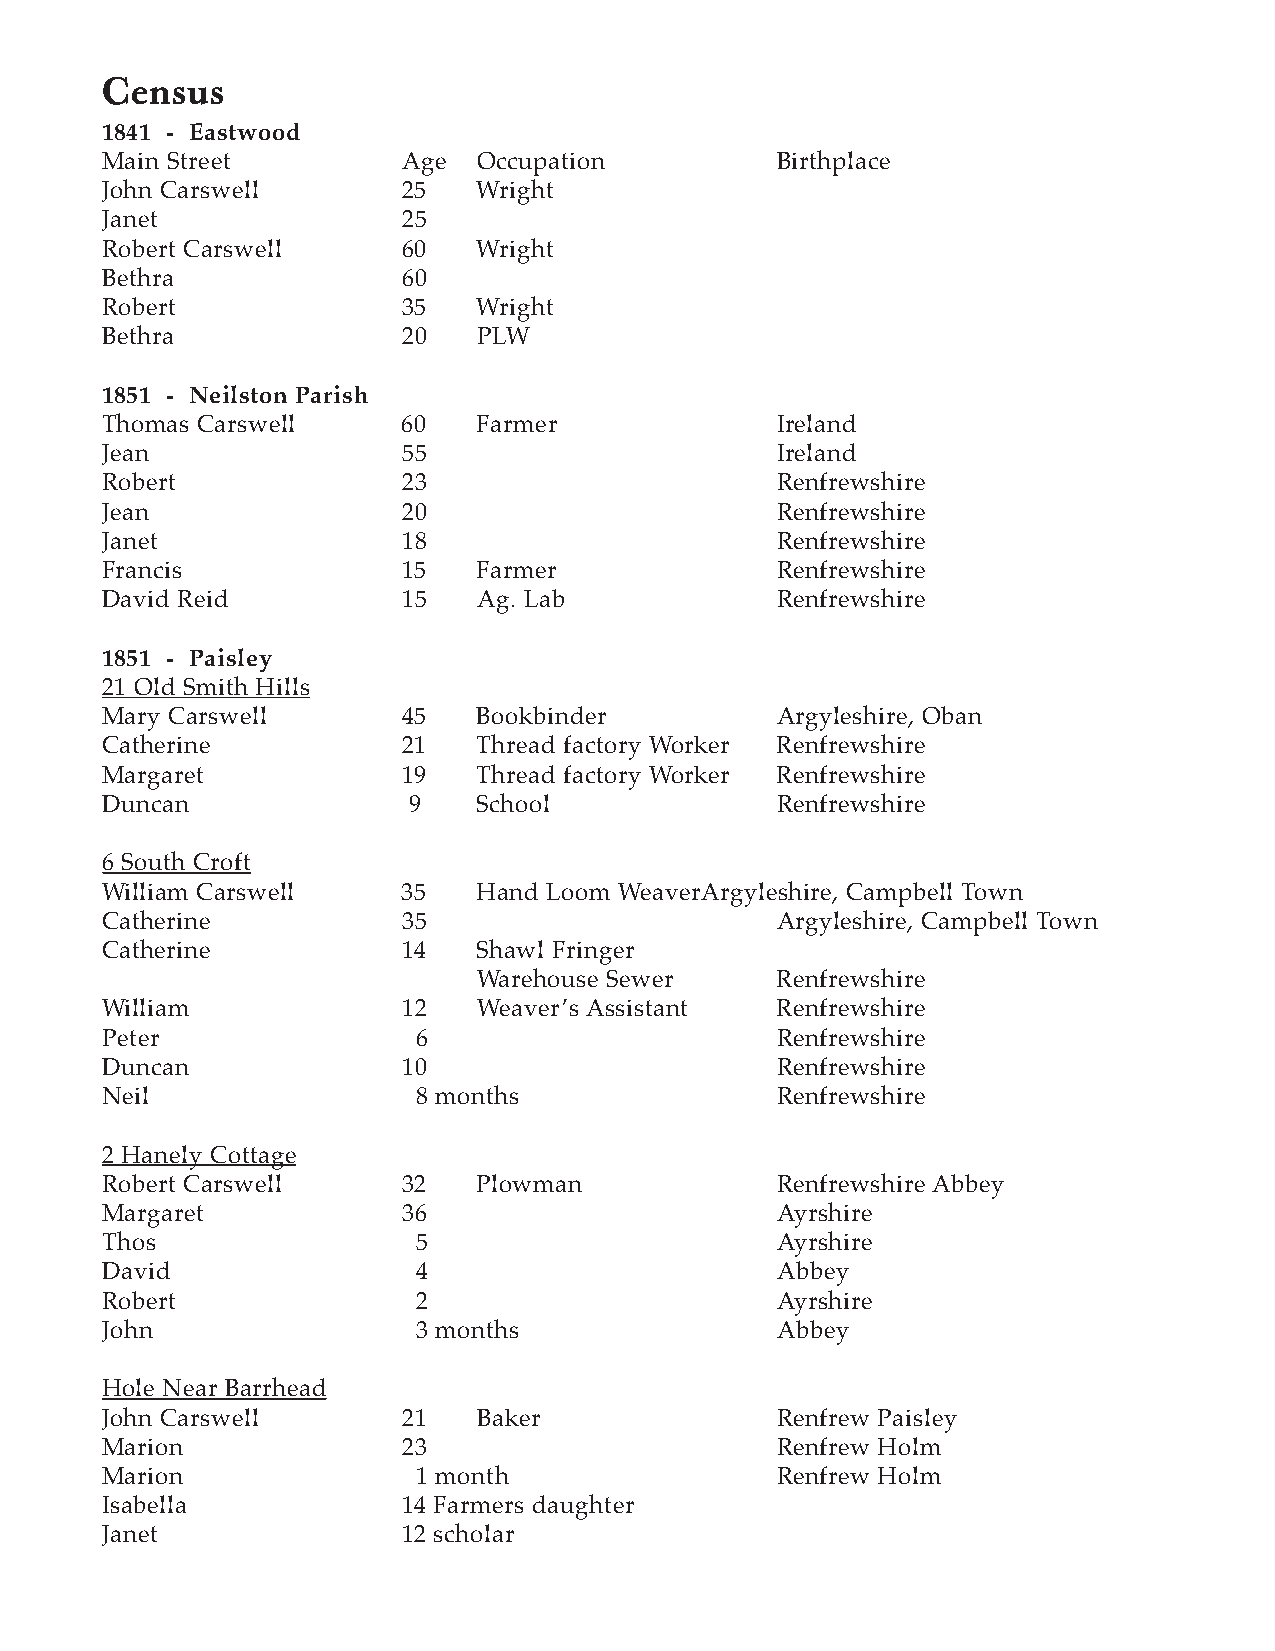
Census
 1841 - Eastwood
 Main Street         Age  Occupation         Birthplace
 John Carswell       25   Wright
 Janet               25
 Robert Carswell     60   Wright
 Bethra              60
 Robert              35   Wright
 Bethra              20   PLW
 1851 - Neilston Parish
 Thomas Carswell     60   Farmer             Ireland
 Jean                55                      Ireland
 Robert              23                      Renfrewshire
 Jean                20                      Renfrewshire
 Janet               18                      Renfrewshire
 Francis             15   Farmer             Renfrewshire
 David Reid          15   Ag. Lab            Renfrewshire
 1851 - Paisley
 21 Old Smith Hills
 Mary Carswell       45   Bookbinder         Argyleshire, Oban
 Catherine           21   Thread factory Worker Renfrewshire
 Margaret            19   Thread factory Worker Renfrewshire
 Duncan              9    School             Renfrewshire
 6 South Croft
 William Carswell    35   Hand Loom WeaverArgyleshire, Campbell Town
 Catherine           35                      Argyleshire, Campbell Town
 Catherine           14   Shawl Fringer
 Warehouse Sewer    Renfrewshire
 William             12   Weaver’s Assistant Renfrewshire
 Peter                6                      Renfrewshire
 Duncan              10                      Renfrewshire
 Neil                 8 months               Renfrewshire
 2 Hanely Cottage
 Robert Carswell     32   Plowman            Renfrewshire Abbey
 Margaret            36                      Ayrshire
 Thos                 5                      Ayrshire
 David                4                      Abbey
 Robert               2                      Ayrshire
 John                 3 months               Abbey
 Hole Near Barrhead
 John Carswell       21   Baker              Renfrew Paisley
 Marion              23                      Renfrew Holm
 Marion               1 month                Renfrew Holm
 Isabella            14 Farmers daughter
 Janet               12 scholar